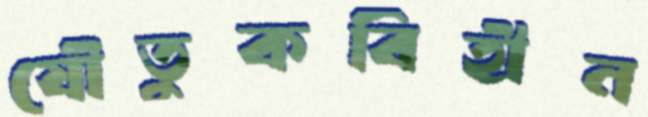
যৌতুকবিহীন